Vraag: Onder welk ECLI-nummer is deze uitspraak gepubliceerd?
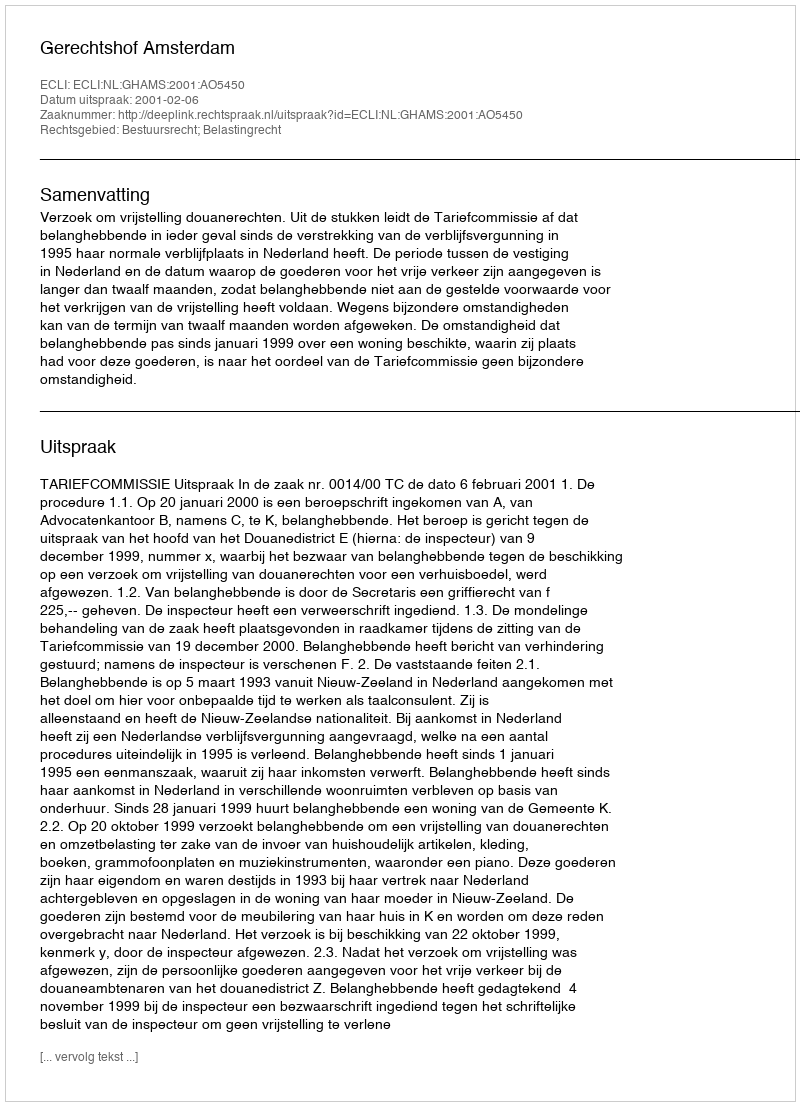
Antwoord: ECLI:NL:GHAMS:2001:AO5450